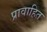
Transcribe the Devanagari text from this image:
प्रावाहित